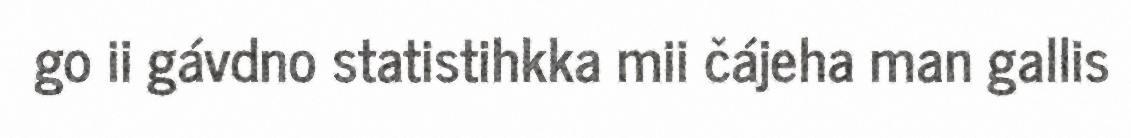
go ii gávdno statistihkka mii čájeha man gallis